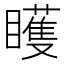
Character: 矆